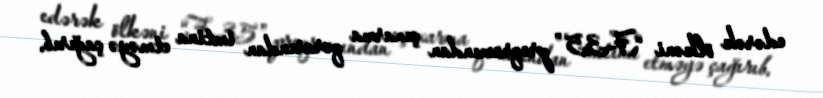
edərək ölkəni “F-35” proqramından çıxarma qərarından imtina etməyə çağırıb.